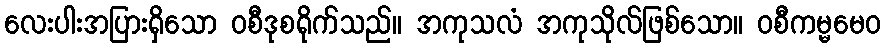
လေးပါးအပြားရှိသော ဝစီဒုစရိုက်သည်။ အကုသလံ အကုသိုလ်ဖြစ်သော။ ဝစီကမ္မမေဝ